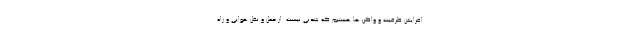
افزایش ظرفیت و واگن ها هستیم که شدنی نیست. از حمل و نقل هوایی و راه